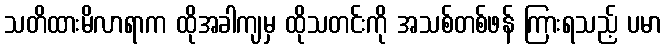
သတိထားမိလာရာက ထိုအခါကျမှ ထိုသတင်းကို အသစ်တစ်ဖန် ကြားရသည့် ပမာ